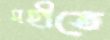
মহীতে